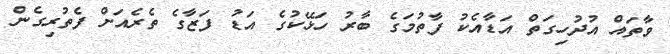
ވާތައް އުދުހިގަތް އަޑާއެކު ފާތުމަގެ ބާރު ހަޅޭކުގެ އަޑު ފަޒާގެ ތެރެއަށް ފެތުރިގެން